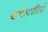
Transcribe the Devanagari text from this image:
खगोल्शात्रियों